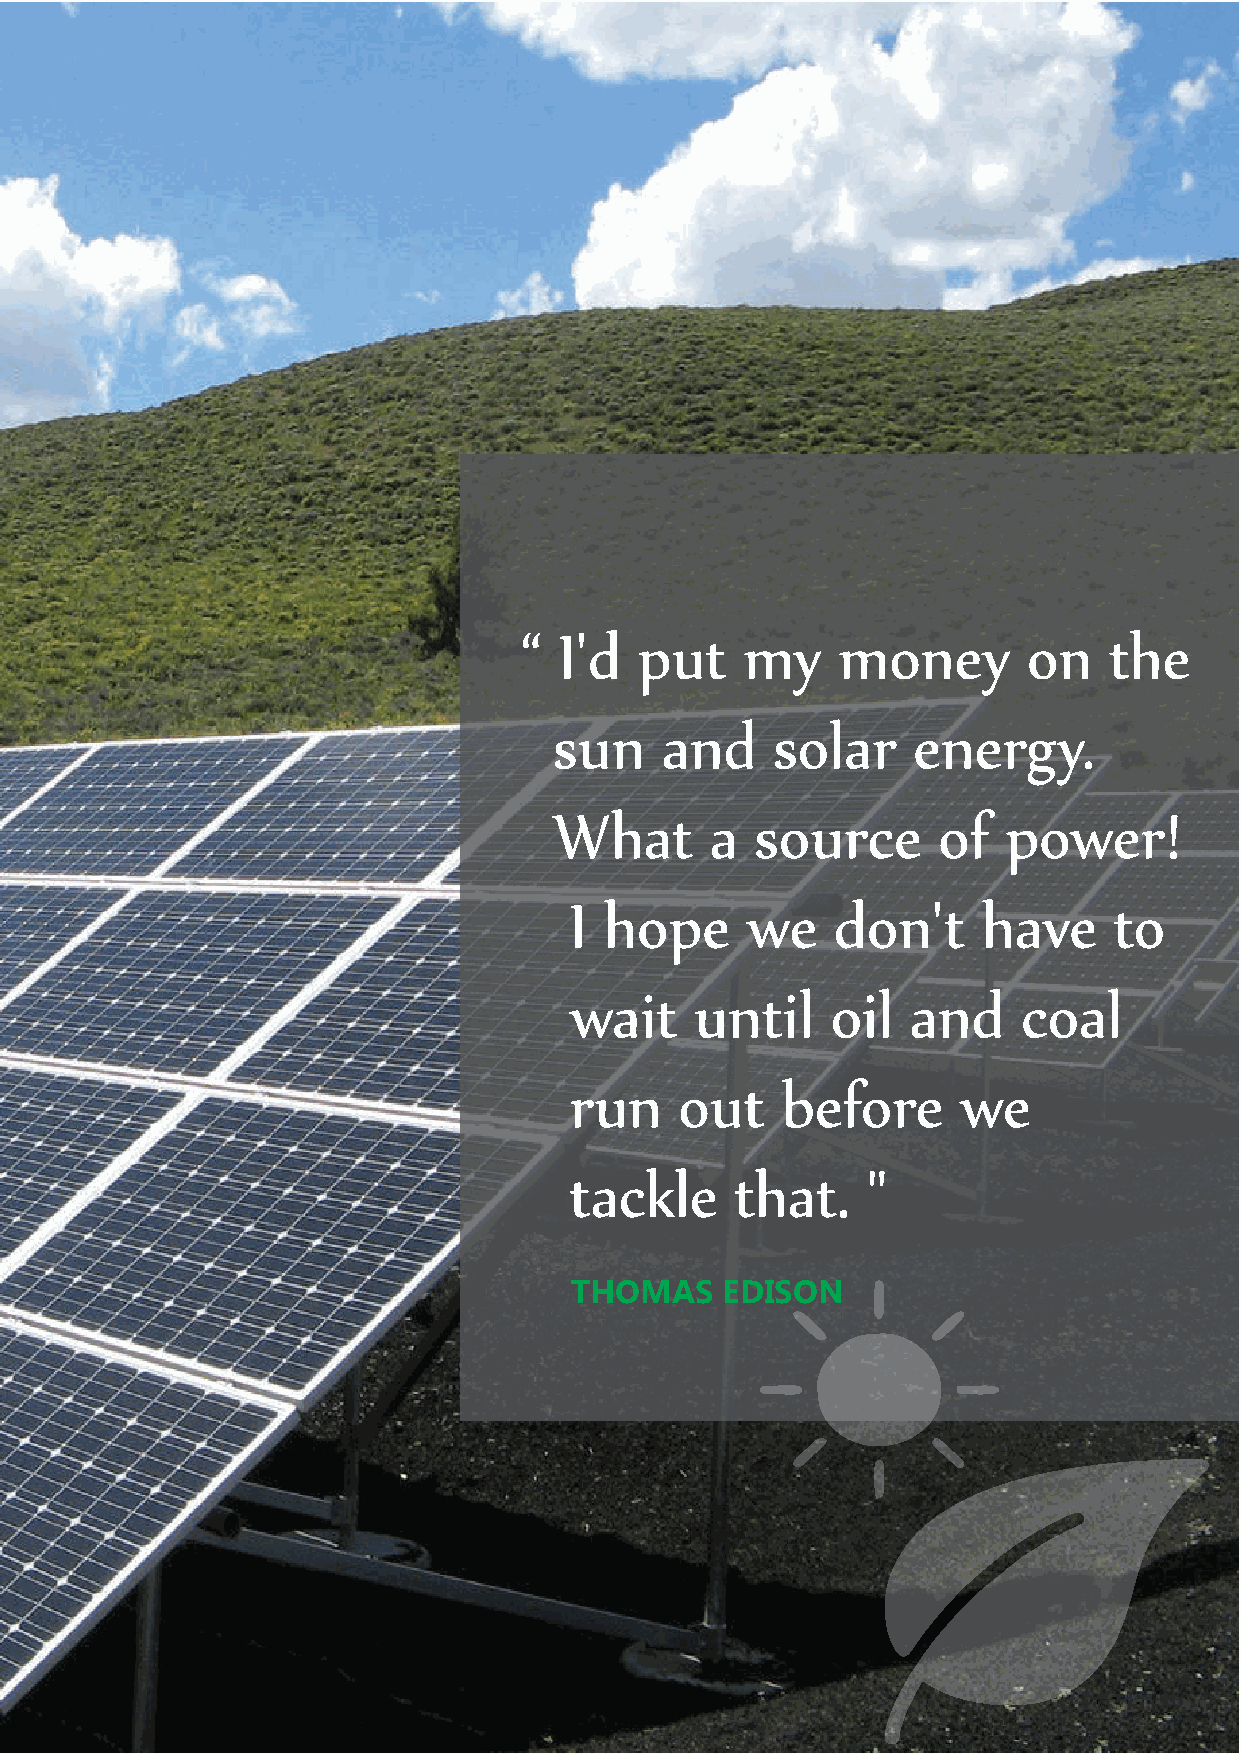
“  I'd  put    my    money        on   the
 sun    and    solar    energy.
 What      a  source      of   power!
 I hope     we    don't     have     to
 wait    until    oil  and     coal
 run    out    before      we
 tackle     that.   "
 THOMAS    EDISON